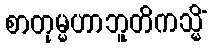
စာတုမ္မဟာဘူတိကသ္မိံ